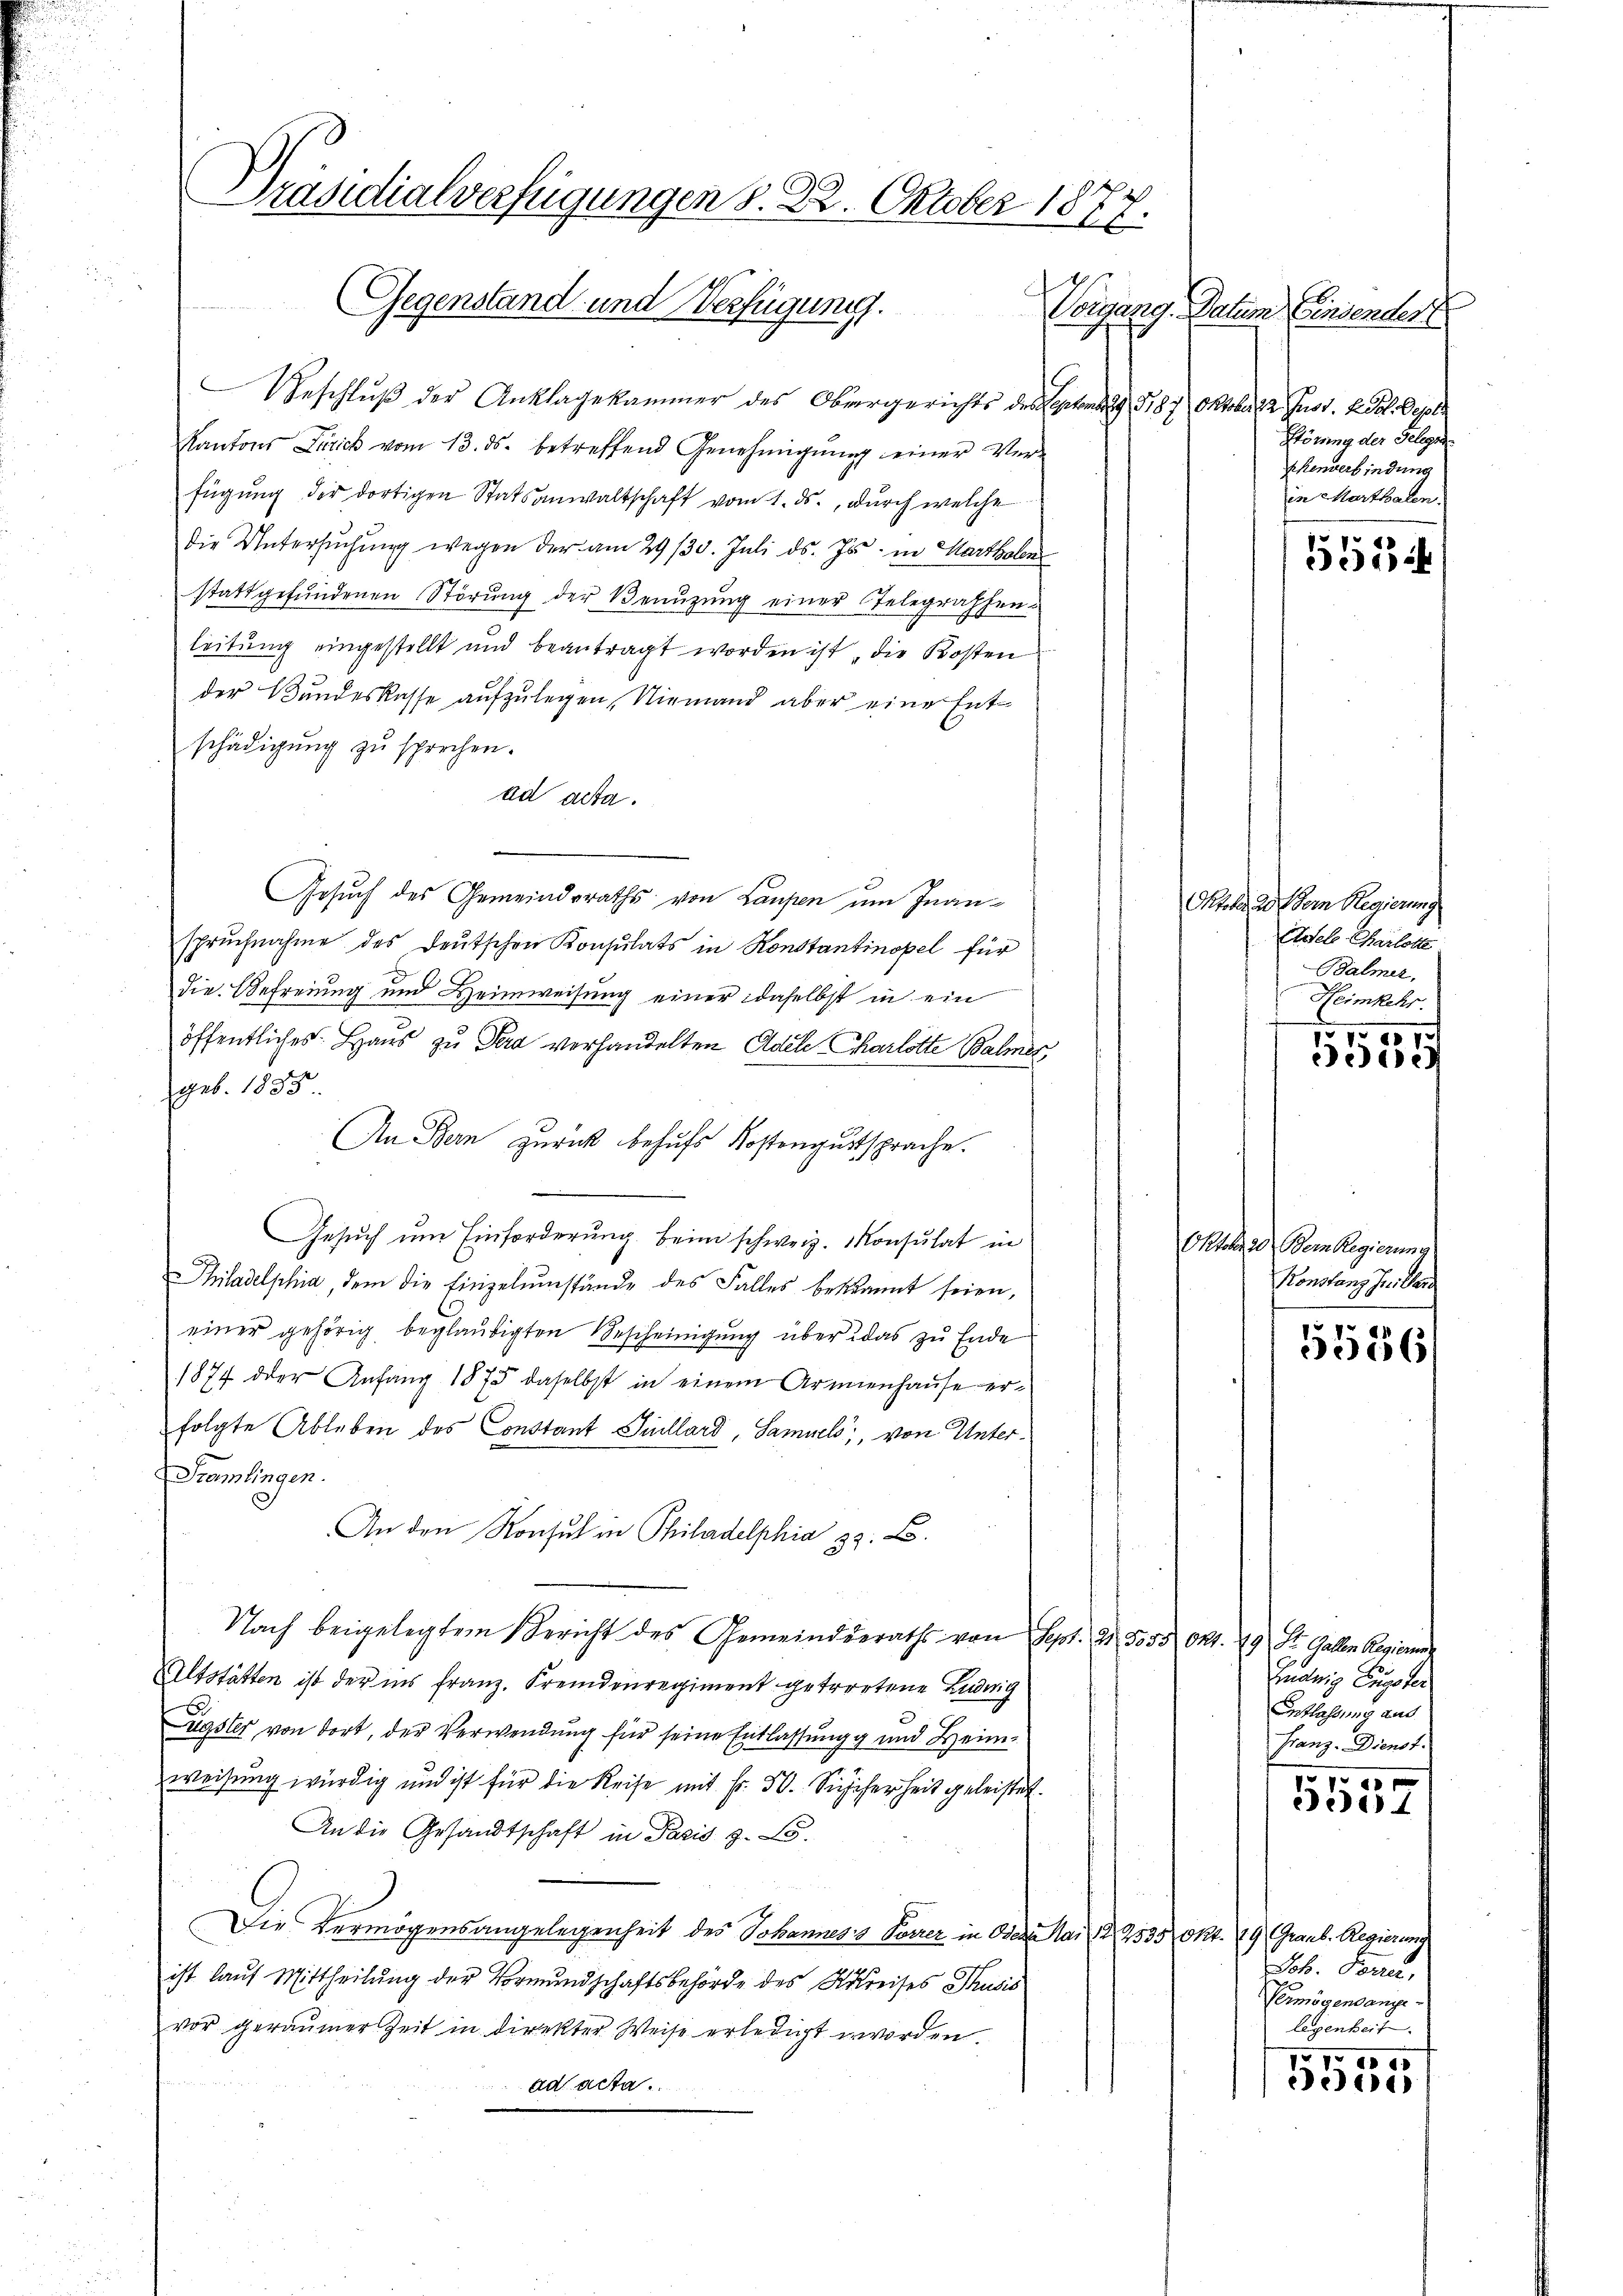
Präsidialverfügungen d. 22. Oktober 1877.
Gegenstand- und Verfügung.

Geschluß der Anklagekammer des Obergerichts des Stand. G,87 Oktober 22 Fuss. Kot. Depots
Kantons Frick vom 13. ds. betreffend Genehmigŭng einer Ver-
fügung der dortigen Statsanwaltschaft vom 1. ds., durch welche
die Untersŭchŭng wegen der am 29./30. Juli d. Js. in Marthalen
stattgefŭndenen Störŭng der Benŭtzŭng einer Telegraphen-
leitung eingestellt und beantragt worden ist, die Kosten
der Bundeskasse aufzulegen, Niemand aber eine Entschädigung zu sprechen.
ad acta.
Gesuch des Gemeindsraths von Laupen um Inanspruchnahme des deutschen Konsulats in Konstantinopel für
die Befreiung und Heimweisung einer daselbst in ein
öffentliches Haus zu Ferd verhandelten Adele Charlotte Balmer,
geb. 1835
An Bern zurück behufs Kostenguttsprache.
Gesŭch ŭm Einforderung beim schweiz. Konsulat in
Philadelphia, dem die Einzelumstände des Falles bekannt seien,
einer gehörig beglaubigten Bescheinigung über das zu Ende
1874 der Anfang 1875 daselbst in einem Armenhause erfolgte Ableben des Constant Sillard, Samuel, von Unter¬
Sramlingen.
An den Konsul in Philadelphia 33. B.
Nach beigelegtem Bericht des Gemeinderaths von Sept. 21. 555 Okt. 19 St. Gallen Regierun
Altstätten ist der ins Franz. Fremdenregiment getrortene Ludwig
agster von dort, der Verwendung für seine Entlassungg und Heimweisung würdig und ist für die Reise mit Fr. 30. Siecherheit geleistet.
An die Gesandtschaft in Paris z. B.
Die Vermögensangelegenheit des Johannes Vorrer in Oder Mai 129335 Okt.
ist lauf Mittheilung der Vormundschaftsbehörde des Kreises Thusis
vor geraŭmer Zeit in direkter Weise erledigt worden.
ad acta.

Vorgang. Datum Einsendert
Störung der Gelegen
Rhenverbindung
in Marthalen

1552

Oktoben der Regierung
Adels Harlotte
Balmer,
Heimkehr.

1000.
e

Oktober dem Regierung
Konstanz Frider
5556/

Ludwig Erster
Entlassung aus.
Franz-Dienst.

1
3537

.
Graub. Regierung
Job. Penten,
Vermögendangelegenheit.
70. 1095

Jede